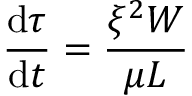
\frac { \mathrm { d } \tau } { \mathrm { d } t } = \frac { \xi ^ { 2 } W } { \mu L }